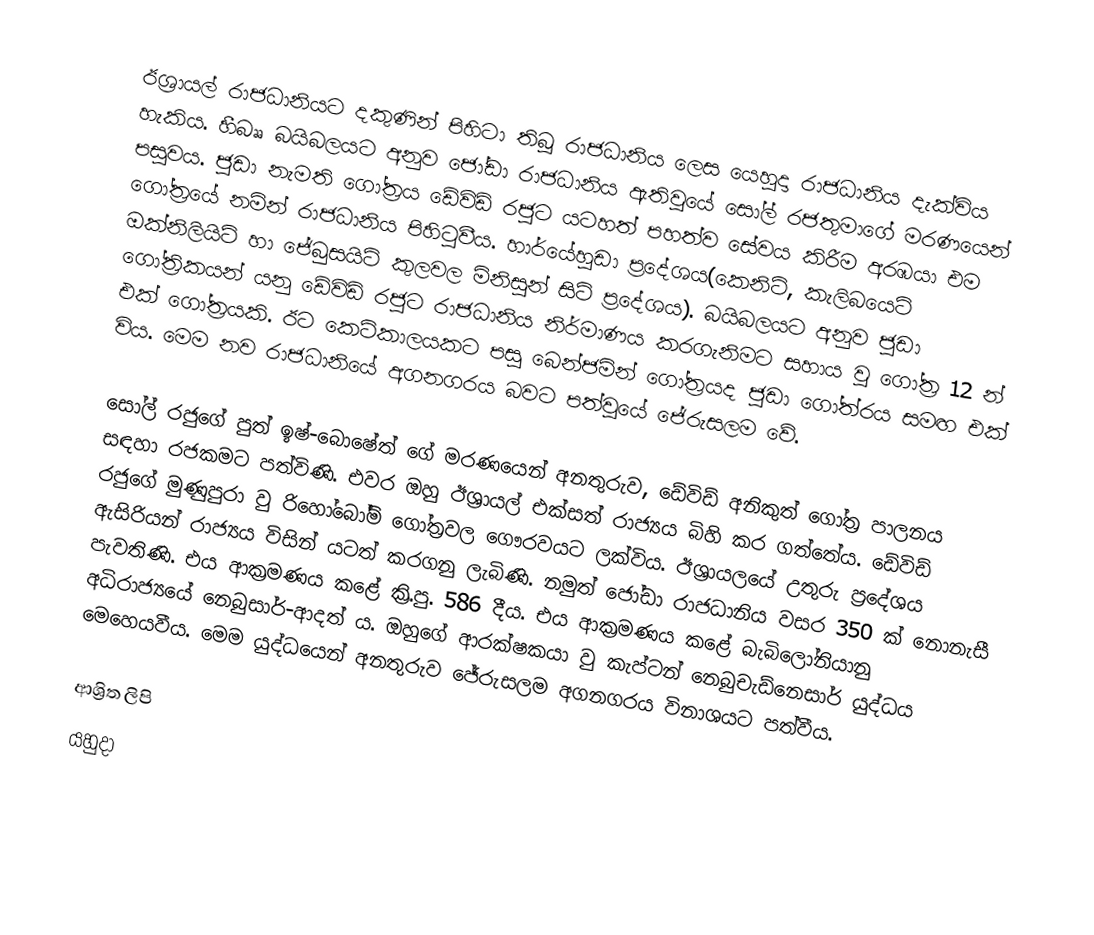
ඊශ්‍රායල් රාජධානියට දකුණින් පිහිටා තිබූ රාජධානිය ලෙස යෙහුදා රාජධානිය දැක්විය හැකිය. හීබෲ බයිබලයට අනුව ජෝඩා රාජධානිය ඇතිවුයේ සෝල් රජතුමාගේ මරණයෙන් පසුවය. ජුඩා නැමති ගෝත්‍රය ඩේවිඩ් රජුට යටහත් පහත්ව සේවය කිරීම අරඹයා එම ගෝත්‍රයේ නමින් රාජධානිය පිහිටුවීය. හාර්යේහුඩා ප්‍රදේශය(කෙනිට්, කැලිබයෙට් ඔක්නිලියිටි හා ජේබුසයිට් කුලවල මිනිසුන් සිටි ප්‍රදේශය). බයිබලයට අනුව ජුඩා ගෝත්‍රිකයන් යනු ඩේවිඩ් රජුට රාජධානිය නිර්මාණය කරගැනිමට සහාය වු ගෝත්‍ර 12 න් එක් ගෝත්‍රයකි. ඊට කෙටිකාලයකට පසු බෙන්ජමින් ගෝත්‍රයද ජුඩා ගෝත්රය සමඟ එක් විය. මෙම නව රාජධානියේ අගනගරය බවට පත්වුයේ ජේරුසලම වේ.

සෝල් රජුගේ පුත් ඉෂ්-බොෂේත් ගේ මරණයෙන් අනතුරුව, ඩේවිඩ් අනිකුත් ගෝත්‍ර පාලනය සඳහා රජකමට පත්විණි. එවර ඔහු ඊශ්‍රායල් එක්සත් රාජ්‍යය බිහි කර ගත්තේය. ඩේවිඩ් රජුගේ මුණුපුරා වු රිහෝබෝම් ගෝත්‍රවල ගෞරවයට ලක්විය. ඊශ්‍රායලයේ උතුරු ප්‍රදේශය ඇසිරියන් රාජ්‍යය විසින් යටත් කරගනු ලැබිණි. නමුත් ජෝඩා රාජධානිය වසර 350 ක් නොනැසී පැවතිණි. එය ආක්‍රමණය කළේ ක්‍රි.පු. 586 දීය. එය ආක්‍රමණය කළේ බැබිලෝනියානු අධිරාජ්‍යයේ නෙබුසාර්-ආදත් ය. ඔහුගේ ආරක්ෂකයා වු කැප්ටන් නෙබුචැඩ්නෙසාර් යුද්ධය මෙහෙයවීය. මෙම යුද්ධයෙන් අනතුරුව ජේරුසලම අගනගරය විනාශයට පත්වීය.

ආශ්‍රිත ලිපි
 යහුදා